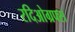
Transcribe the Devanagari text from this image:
रदिओग्रफ्स